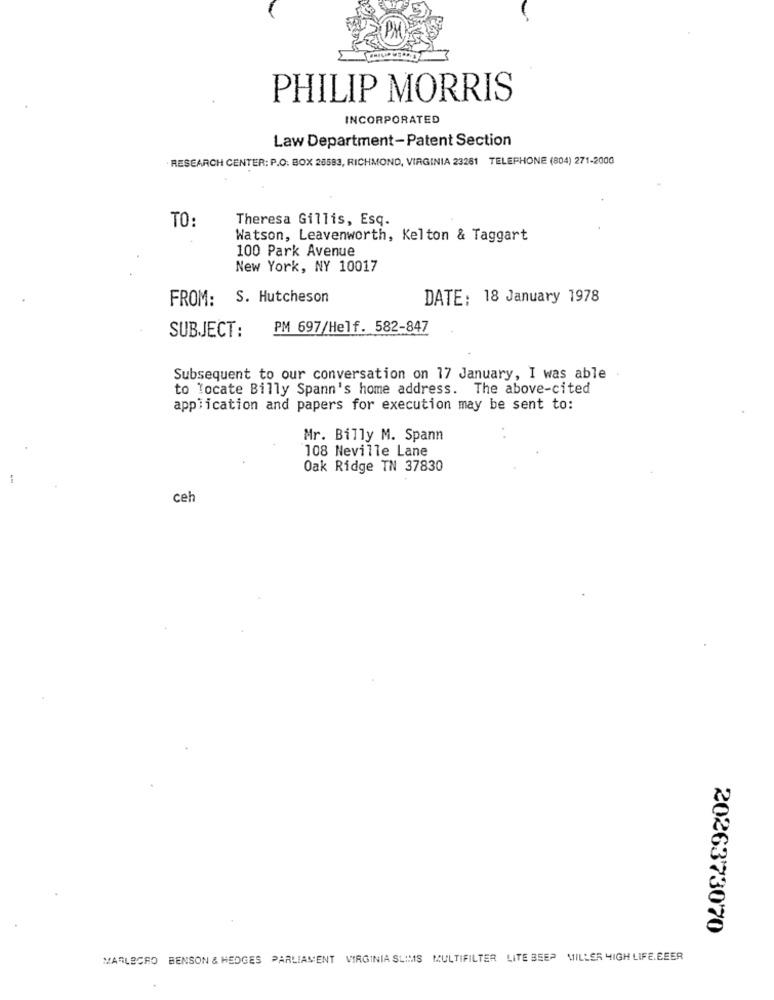
PHILIP MORRIS
INCORPORATED
Law Department-Patent Section
RESEARCH CENTER: P.O. BOX 28583, RICHMOND, VIRGINIA 23281 TELEPHONE (804) 271-2000
TO:
Theresa Gillis, Esq.
Watson, Leavenworth, Kelton & Taggart
100 Park Avenue
New York, NY 10017
FROM: S. Hutcheson
DATE: 18 January 1978
SUBJECT:
PM 697/Helf. 582-847
Subsequent to our conversation on 17 January, I was able
to locate Billy Spann's home address. The above-cited
application and papers for execution may be sent to:
Mr. Billy M. Spann
108 Neville Lane
Oak Ridge TN 37830
-
ceh
2026373070
MARLBORO BENSON & HEDGES PARLIAMENT VIRGINIA SLIMS MULTIFILTER LITE BEEP MILLER HIGH LIFE.BEER